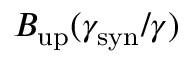
B _ { \mathrm { u p } } ( \gamma _ { \mathrm { s y n } } / \gamma )